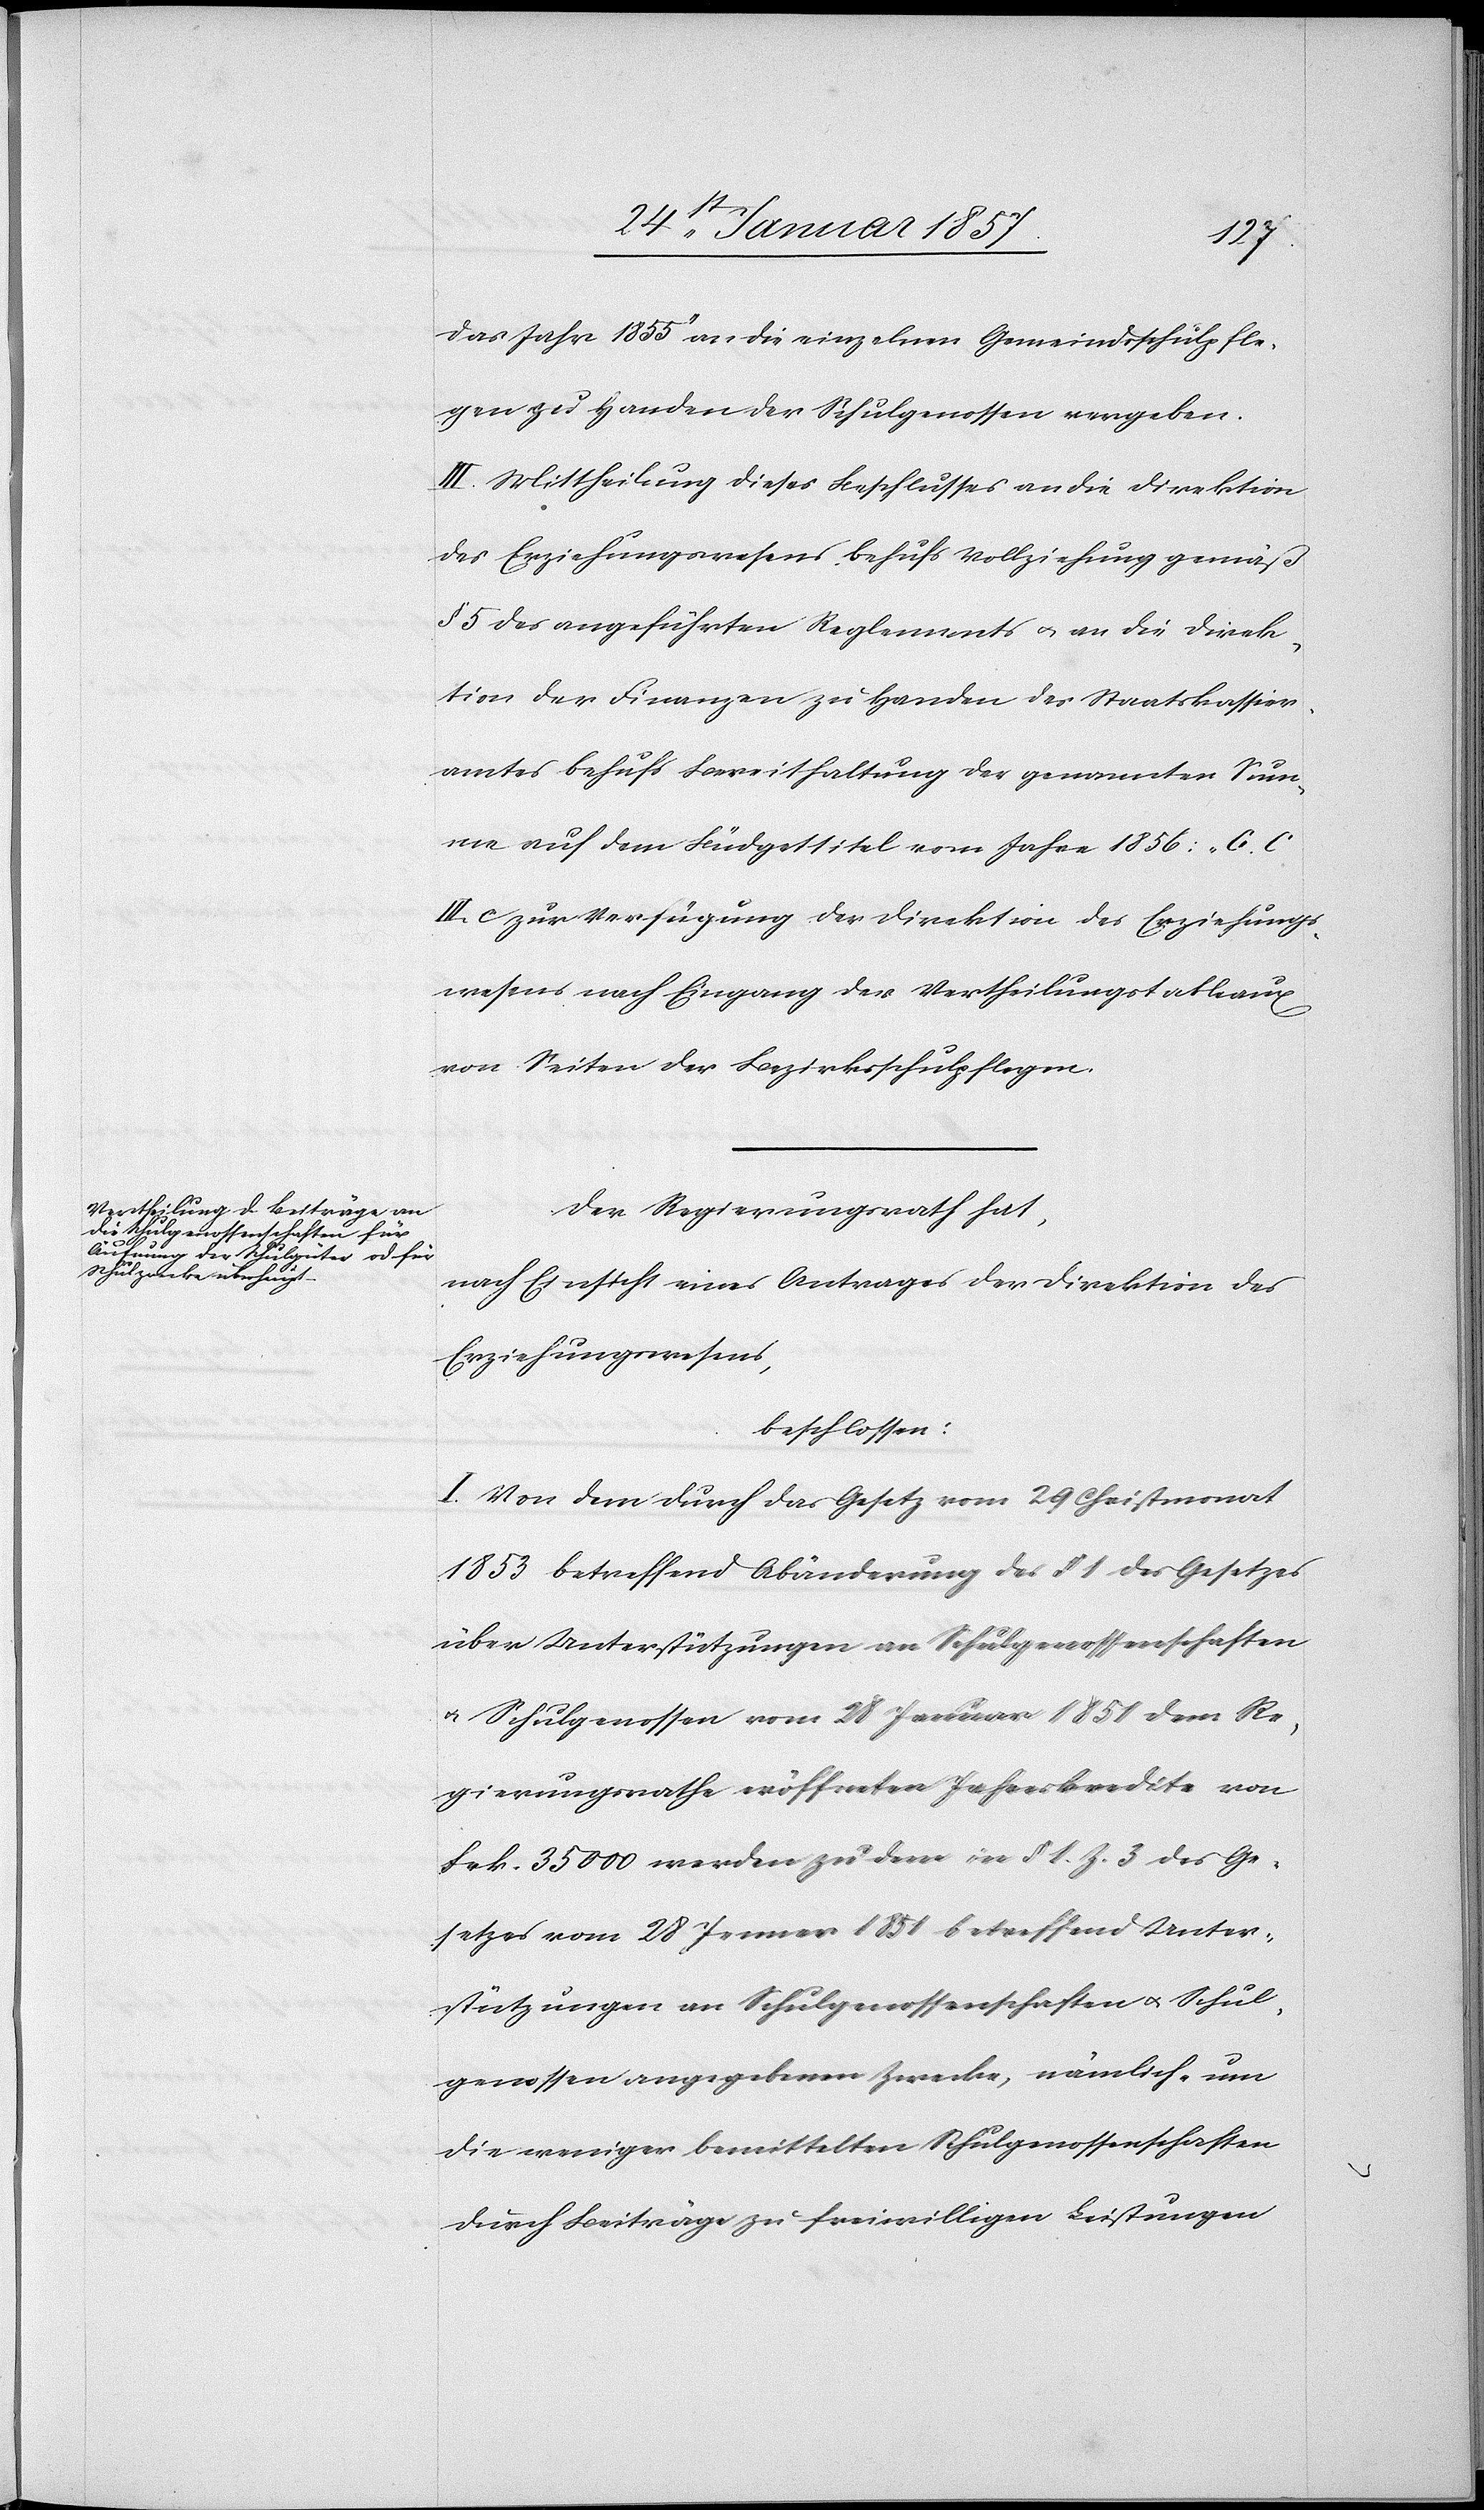
das Jahr 1855“ an die einzelnen Gemeindsschulpfle¬
gen zu Handen der Schulgenossen vergeben.
III. Mittheilung dieses Beschlusses an die Direktion
des Erziehungswesens behufs Vollziehung gemäß
§ 5 des angeführten Reglements & an die Direk¬
tion der Finanzen zu Handen des Staatskassier¬
amtes behufs Bereithaltung der genannten Sum¬
me auf dem Büdgettitel vom Jahr 1856: „G. C
IV. C zur Verfügung der Direktion des Erziehungs¬
wesens nach Eingang der Vertheilungstablaux
von Seiten der Bezirksschulpflegen.
Der Regierungsrath hat,
nach Einsicht eines Antrages der Direktion des
Erziehungswesens,
beschlossen:
I. Von dem durch das Gesetz vom 29 Christmonat
1853 betreffend Abänderung des § 1 des Gesetzes
über Unterstützungen an Schulgenossenschaften
& Schulgenossen vom 28 Januar 1851 dem Re¬
gierungsrathe eröffneten Jahreskredite von
frk. 35 000 werden zu dem in § 1. Z. 3 des Ge¬
setzes vom 28 Jenner 1851 betreffend Unter¬
stützungen an Schulgenossenschaften u. Schul¬
genossen angegebenen Zwecke, nämlich um
die weniger bemittelten Schulgenossenschaften
durch Beiträge zu freiwilligen Leistungen